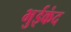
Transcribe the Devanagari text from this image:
भुईकंद